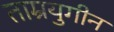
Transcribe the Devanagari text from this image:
ताम्रयुगीन